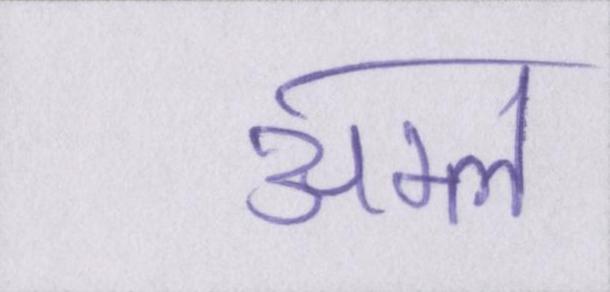
अम्ल